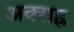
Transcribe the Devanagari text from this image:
अक्सह्र